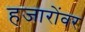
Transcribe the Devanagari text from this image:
हजारोंवर